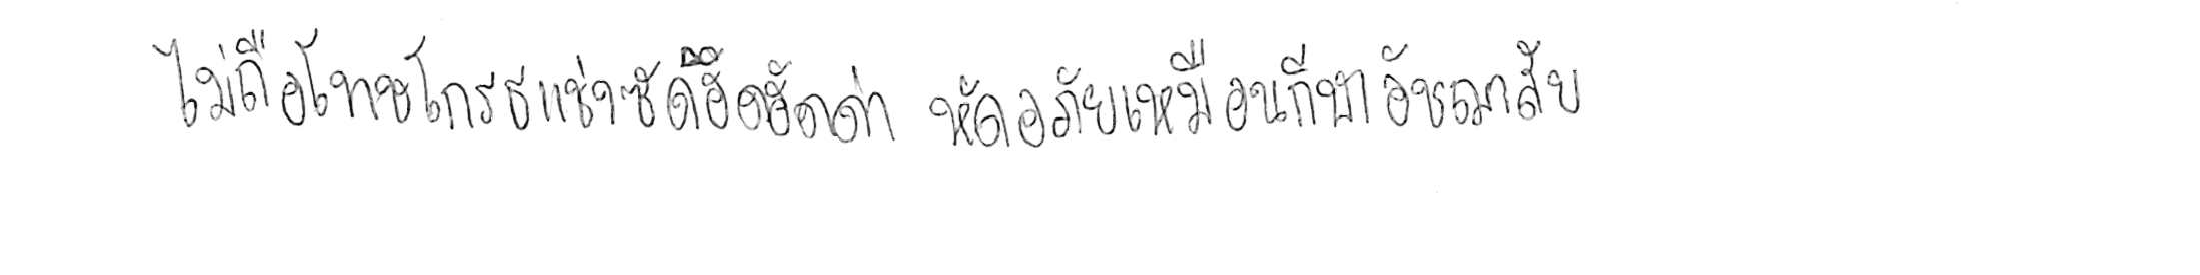
ไม่ถือโทษโกรธแช่งซัดฮึดฮัดด่า หัดอภัยเหมือนกีฬาอัชฌาสัย